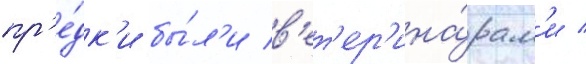
пр'е́дк'и бы́л'и в'ет'ер'ина́рам'и /